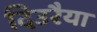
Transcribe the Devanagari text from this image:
दिउरैया